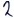
Text: 2